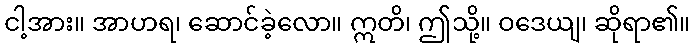
ငါ့အား။ အာဟရ၊ ဆောင်ခဲ့လော။ ဣတိ၊ ဤသို့။ ဝဒေယျ၊ ဆိုရာ၏။